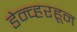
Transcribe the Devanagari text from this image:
डेन्व्हरहून